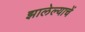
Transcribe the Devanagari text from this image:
झालेल्याचें